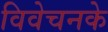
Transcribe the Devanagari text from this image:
विवेचनके